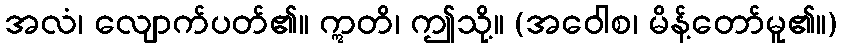
အလံ၊ လျောက်ပတ်၏။ ဣတိ၊ ဤသို့။ (အဝေါစ၊ မိန့်တော်မူ၏။)